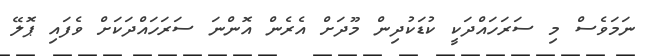
ނަމަވެސް މި ސަރަހައްދަކީ ކުޑަކުދިން މޫދަށް އެރެން އޮންނަ ސަރަހައްދަކަށް ވެފައި ޕޮލޭ